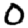
Digit: 0